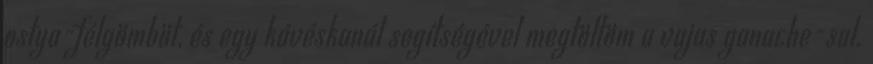
ostya-félgömböt, és egy kávéskanál segítségével megtöltöm a vajas ganache-sal.